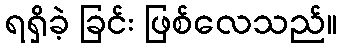
ရရှိခဲ့ ခြင်း ဖြစ်လေသည်။